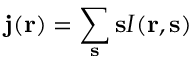
{ \bf j } ( { \bf r } ) = \sum _ { \bf s } { \bf s } I ( { \bf r } , { \bf s } )